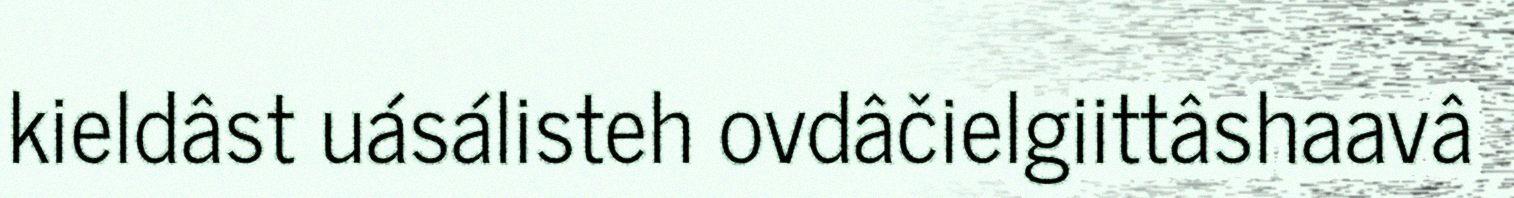
kieldâst uásálisteh ovdâčielgiittâshaavâ